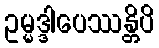
ဥမ္မဒ္ဒါပေဿန္တိပိ